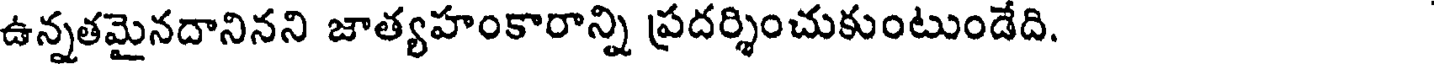
ఉన్నతమైనదానినని జాత్యహంకారాన్ని ప్రదర్శించుకుంటుండేది.